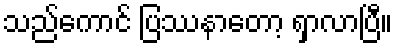
သည်ကောင် ပြဿနာတော့ ရှာလာပြီ။